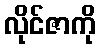
လိုင်ဇာကို